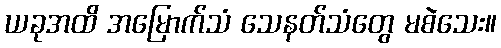
ယခုအထိ အမြောက်သံ သေနတ်သံတွေ မစဲသေး။